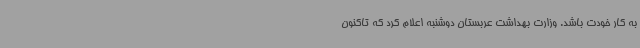
به کار خودت باشد. وزارت بهداشت عربستان دوشنبه اعلام کرد که تاکنون